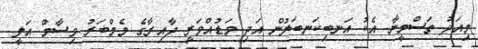
މިއަދު ތަސްމީނާ އެކު އަނބިކަނބަލުން އަދި މަޑުއްވަރީ ދާއިރާގެ މެމްބަރު ވިސާމް އަލީ